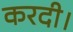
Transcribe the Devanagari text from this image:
करदी।